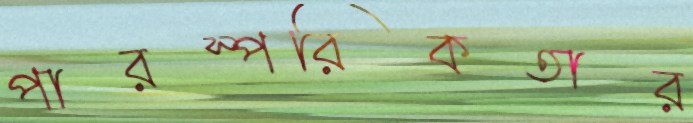
পারস্পরিকতার